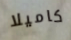
كاميلا